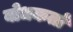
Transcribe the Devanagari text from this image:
बोधकर्ता